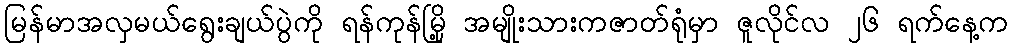
မြန်မာအလှမယ်ရွေးချယ်ပွဲကို ရန်ကုန်မြို့ အမျိုးသားကဇာတ်ရုံမှာ ဇူလိုင်လ ၂၆ ရက်နေ့က